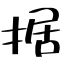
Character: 据